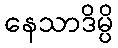
နေသာဒိမ္ပိ